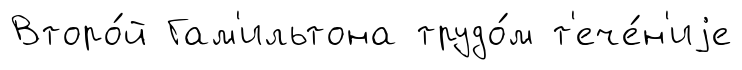
Второ́й Гам'ильтона трудо́м т'ече́н'иjе